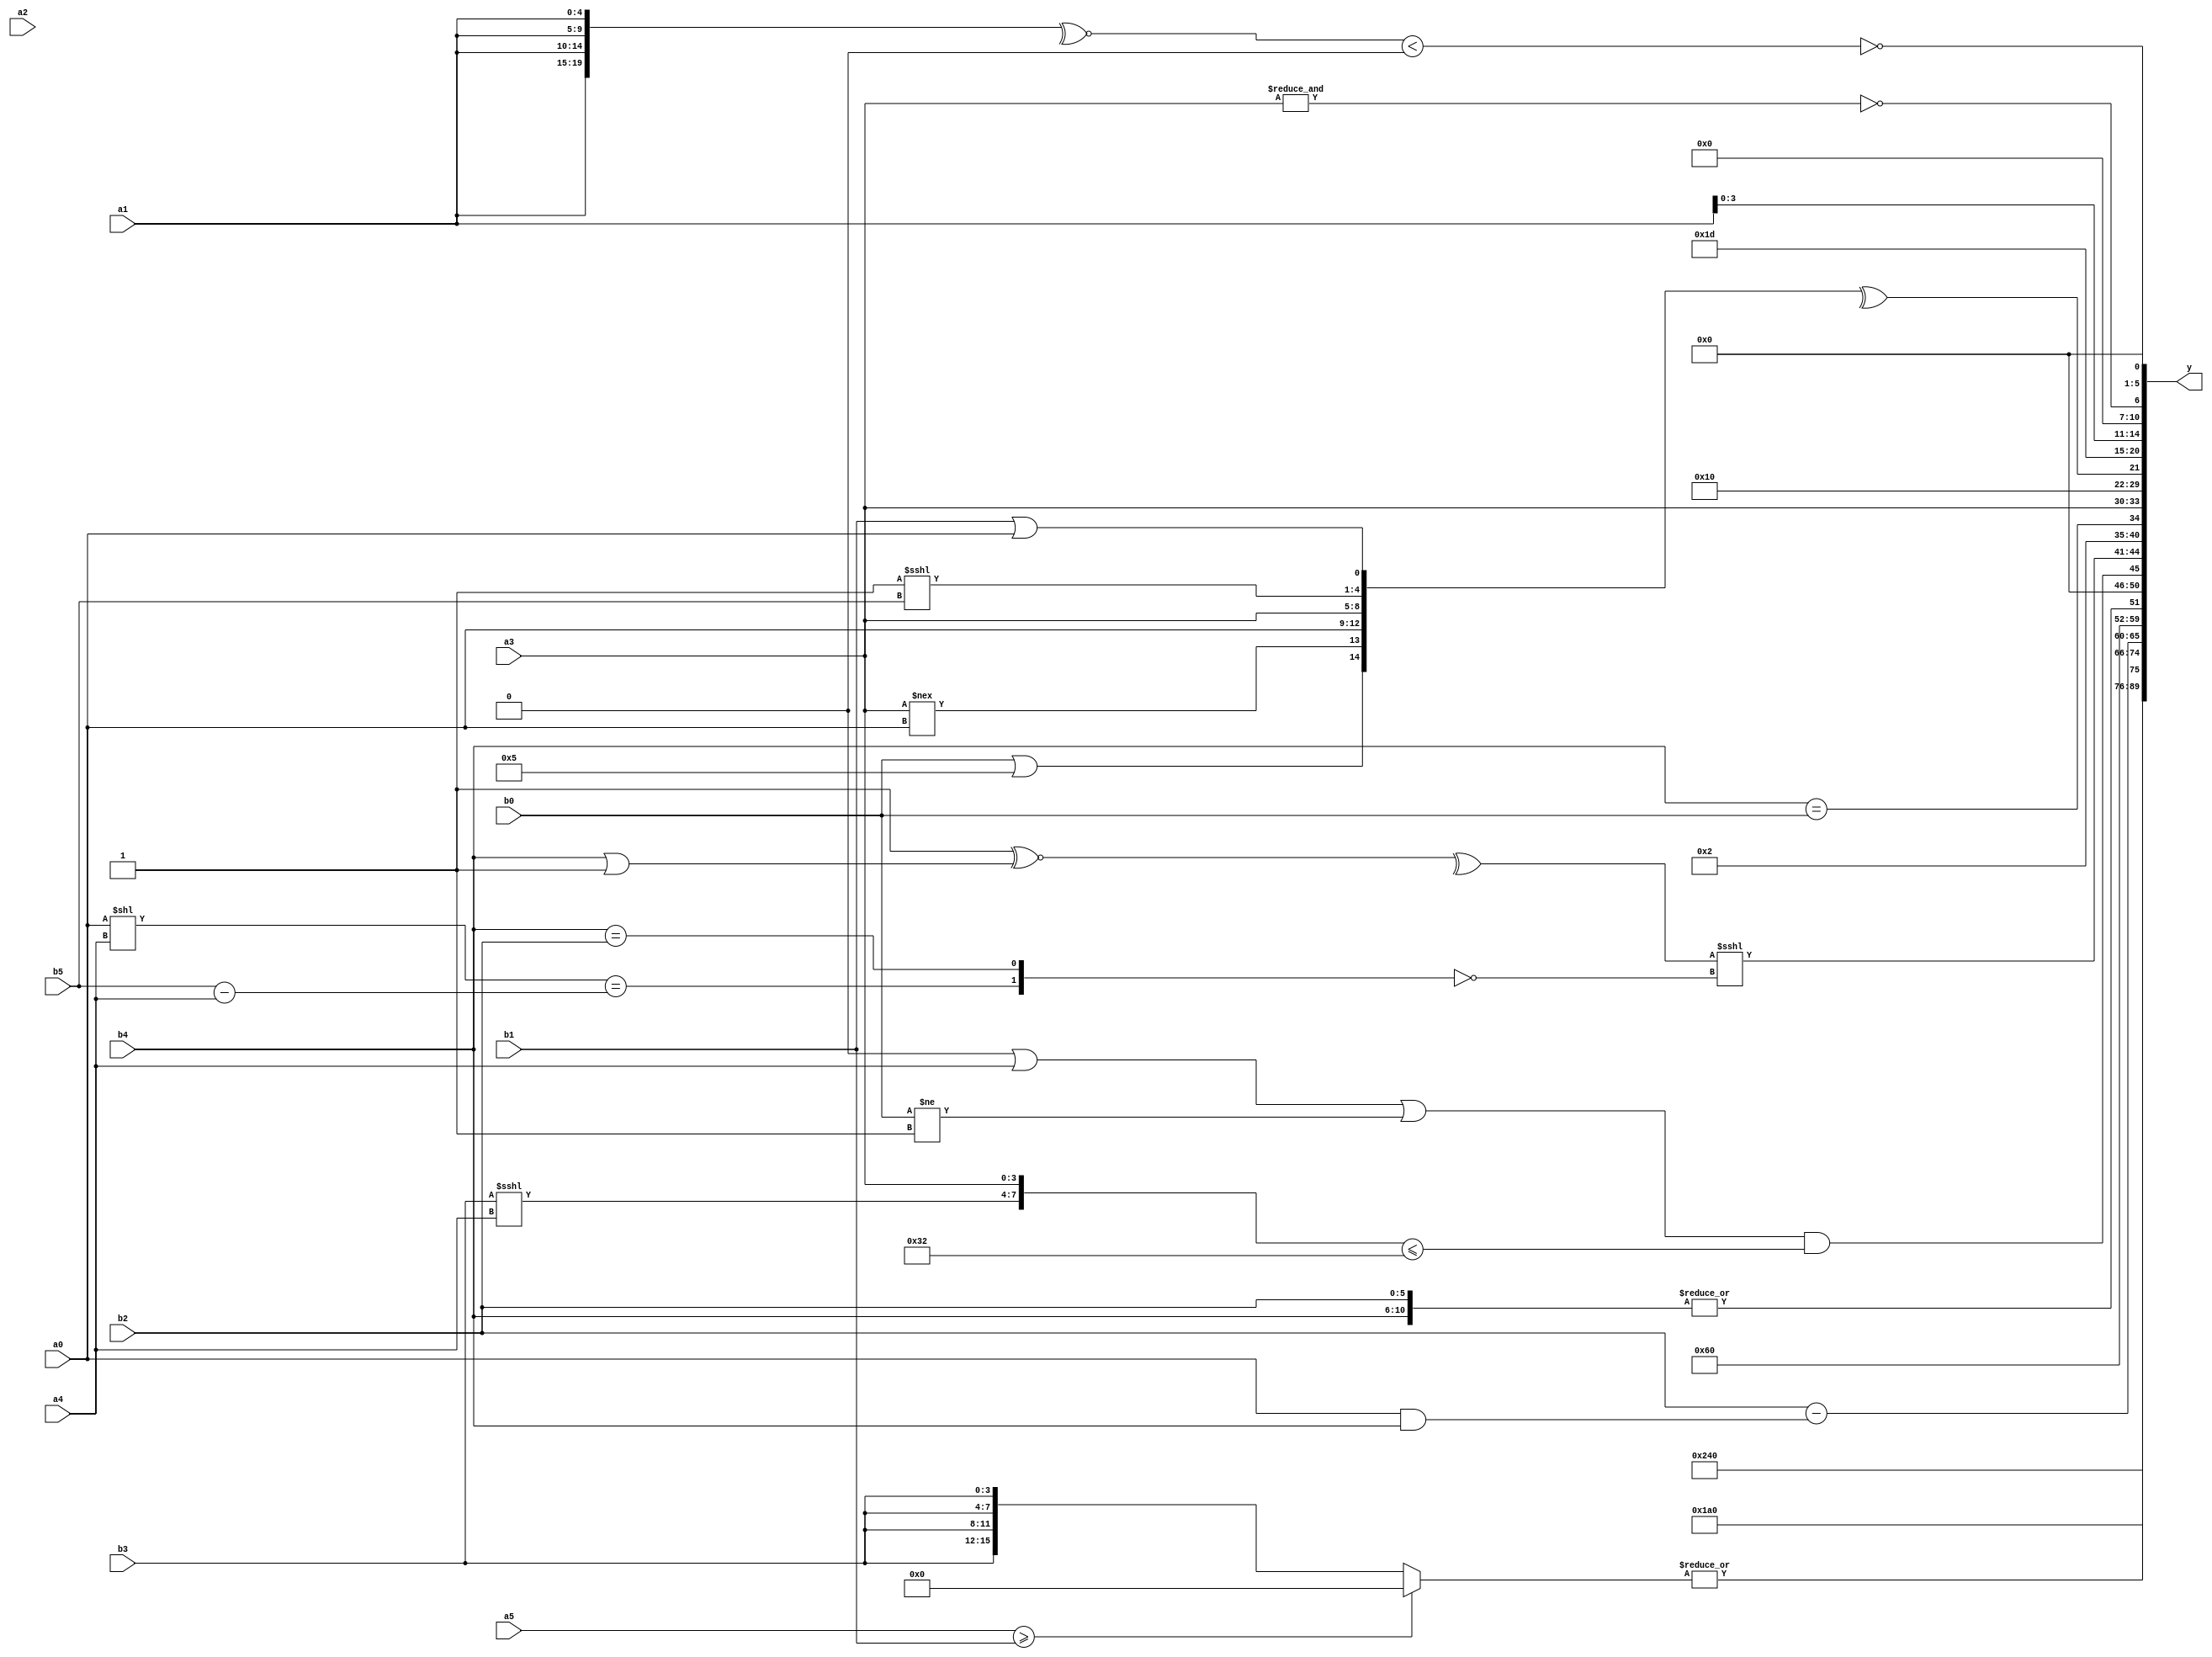
module expression_00419(a0, a1, a2, a3, a4, a5, b0, b1, b2, b3, b4, b5, y);
  input [3:0] a0;
  input [4:0] a1;
  input [5:0] a2;
  input signed [3:0] a3;
  input signed [4:0] a4;
  input signed [5:0] a5;

  input [3:0] b0;
  input [4:0] b1;
  input [5:0] b2;
  input signed [3:0] b3;
  input signed [4:0] b4;
  input signed [5:0] b5;

  wire [3:0] y0;
  wire [4:0] y1;
  wire [5:0] y2;
  wire signed [3:0] y3;
  wire signed [4:0] y4;
  wire signed [5:0] y5;
  wire [3:0] y6;
  wire [4:0] y7;
  wire [5:0] y8;
  wire signed [3:0] y9;
  wire signed [4:0] y10;
  wire signed [5:0] y11;
  wire [3:0] y12;
  wire [4:0] y13;
  wire [5:0] y14;
  wire signed [3:0] y15;
  wire signed [4:0] y16;
  wire signed [5:0] y17;

  output [89:0] y;
  assign y = {y0,y1,y2,y3,y4,y5,y6,y7,y8,y9,y10,y11,y12,y13,y14,y15,y16,y17};

  localparam [3:0] p0 = (~&(((+(4'sd0))>={(4'sd1),(5'd26)})?(6'd2 * (~&(4'd1))):{((4'sd2)||(2'sd0)),(~^(3'sd1))}));
  localparam [4:0] p1 = (2'd1);
  localparam [5:0] p2 = {{(4'd2),((3'd3)?(2'd0):(4'sd0)),(2'd1)},(3'sd2)};
  localparam signed [3:0] p3 = ({(&(~^(-3'sd2))),((5'd10)>=(4'd5))}<(&(((4'd14)&&(4'sd3))|{2{(-2'sd0)}})));
  localparam signed [4:0] p4 = (4'd14);
  localparam signed [5:0] p5 = (4'sd6);
  localparam [3:0] p6 = ((((5'd13)|(4'sd2))?((4'd14)&&(3'd4)):((4'd0)<<<(3'd1)))>=({(4'd8)}>(-3'sd2)));
  localparam [4:0] p7 = ((((2'sd0)-(2'd2))?(3'd3):{3{(2'd3)}})&&(2'd3));
  localparam [5:0] p8 = (~^(&(((-(~(-3'sd0)))||(&((-5'sd12)!=(4'd0))))<=(((-3'sd0)!==(2'sd1))===(-(~&(3'sd2)))))));
  localparam signed [3:0] p9 = (((-2'sd0)||(4'd8))^~(~|(5'd9)));
  localparam signed [4:0] p10 = (((-4'sd6)<<<(4'd3))^((5'd27)>>>(3'sd1)));
  localparam signed [5:0] p11 = (-(~&{(2'd0)}));
  localparam [3:0] p12 = (3'd1);
  localparam [4:0] p13 = {4{(5'd4)}};
  localparam [5:0] p14 = (((4'd8)?(5'sd4):(3'sd0))?((2'd3)?(5'd5):(-2'sd0)):((-3'sd2)&&(5'd0)));
  localparam signed [3:0] p15 = {((-3'sd1)?(3'sd2):(2'd0)),{(-4'sd5),(5'd4),(4'sd6)}};
  localparam signed [4:0] p16 = (^(+(~((^(-2'sd1))>(~(-3'sd0))))));
  localparam signed [5:0] p17 = (-5'sd14);

  assign y0 = ((-4'sd5)&(((2'd2)!=(~|p11))==(~|(~|(a2!==a2)))));
  assign y1 = (p13?p17:p1);
  assign y2 = (~&(~|{3{((a5>=b1)?(b2>>>p10):{4{b3}})}}));
  assign y3 = (-4'sd3);
  assign y4 = $signed((~|$signed($signed((+(~^((+(^(~|(+$unsigned((|(!(-p8)))))))))))))));
  assign y5 = ({(&b1),{b2}}-(+(a0&&b4)));
  assign y6 = (3'd6);
  assign y7 = (+(|(|{b4,b2})));
  assign y8 = ($signed((((p0>=p9)|$signed(a4))|$unsigned((b0!=p7))))&&({(b3<<<a4),$signed(a3)}<=($unsigned($unsigned({p17})))));
  assign y9 = ((^(((p13>=p13)<=(p5&p14))^~((+b4)|(p8<p1))))<<<(!{((a0<<a4)==(b5-a4)),$signed((b4==b2))}));
  assign y10 = (2'sd1);
  assign y11 = {(b4==b0),{1{a3}}};
  assign y12 = {(3'sd1),((p5|p6)>>{1{p17}}),{3{p6}}};
  assign y13 = (^{{(b0||p14),(a3!==a0)},{{a0,a3},(p6<<<b5),(b1||a0)}});
  assign y14 = ({2{(4'd13)}});
  assign y15 = {3{{4{a1}}}};
  assign y16 = (~&a3);
  assign y17 = (^(~&{1{(~(~((-(~^{4{a1}}))<({3{p14}}==(b4!=b2)))))}}));
endmodule